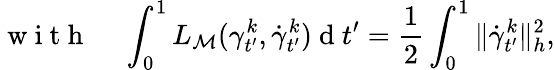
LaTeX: \mathrm{~w~i~t~h~}\; \; \; \; \int_{0}^{1}L_{{\mathcal{M}}}(\gamma_{t^{\prime}}^{k},\dot{\gamma}_{t^{\prime}}^{k})\mathrm{~d~}t^{\prime}=\frac{1}{2}\int_{0}^{1}\| \dot{\gamma}_{t^{\prime}}^{k}\| _{h}^{2},